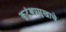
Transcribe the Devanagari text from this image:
कुटुंबप्रमुखाचे